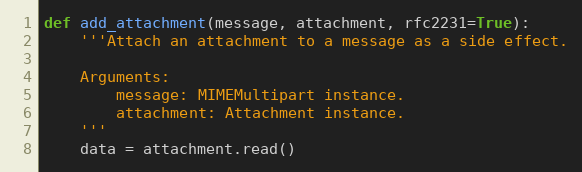
Language: Python
def add_attachment(message, attachment, rfc2231=True):
    '''Attach an attachment to a message as a side effect.

    Arguments:
        message: MIMEMultipart instance.
        attachment: Attachment instance.
    '''
    data = attachment.read()